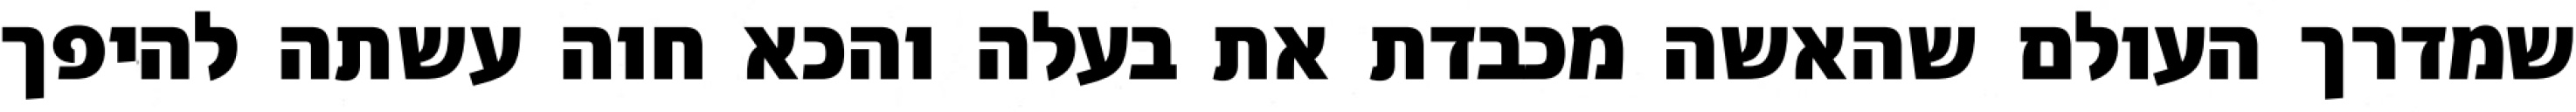
שמדרך העולם שהאשה מכבדת את בעלה והכא חוה עשתה להיפך